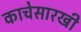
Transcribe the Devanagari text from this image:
काचेसारखी